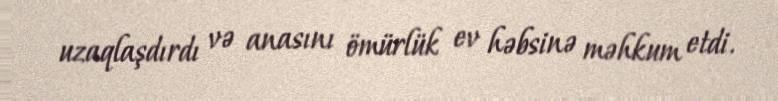
uzaqlaşdırdı və anasını ömürlük ev həbsinə məhkum etdi.